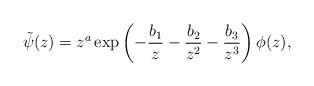
LaTeX: \begin{align*} \tilde{\psi}(z) = z^a \exp\left(- \frac{b_1}{z} - \frac{b_2}{z^2} - \frac{b_3}{z^3}\right) \phi(z),\end{align*}